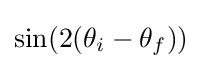
\sin(2(\theta _{i}-\theta _{f}))